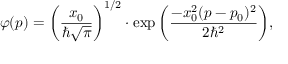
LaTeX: \varphi ( p ) = \left( { \frac { x _ { 0 } } { \hbar { \sqrt { \pi } } } } \right) ^ { 1 / 2 } \cdot \exp { \left( { \frac { - x _ { 0 } ^ { 2 } ( p - p _ { 0 } ) ^ { 2 } } { 2 \hbar ^ { 2 } } } \right) } ,